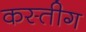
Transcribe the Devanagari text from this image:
कस्तीग